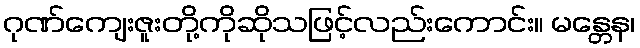
ဂုဏ်ကျေးဇူးတို့ကိုဆိုသဖြင့်လည်းကောင်း။ မန္တေန၊